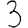
Digit: 3